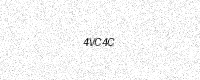
Text: 4VC4C